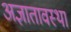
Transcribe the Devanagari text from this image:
अज्ञातावस्था